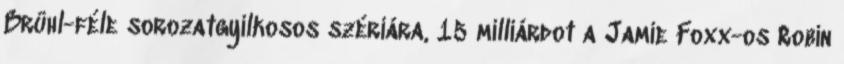
Brühl-féle sorozatgyilkosos szériára, 15 milliárdot a Jamie Foxx-os Robin